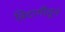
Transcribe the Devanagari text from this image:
बिदागीतून